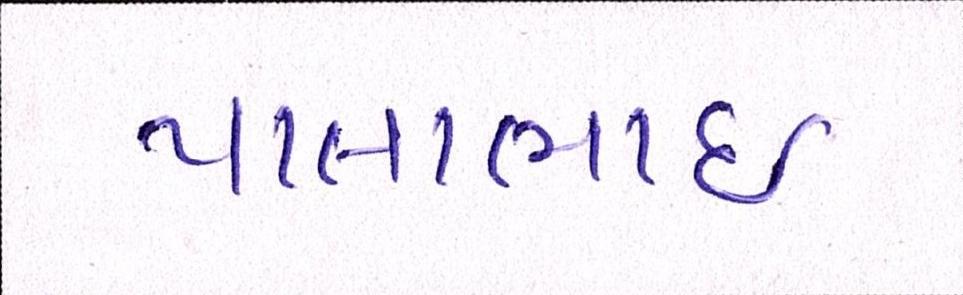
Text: પાલાભાઇ